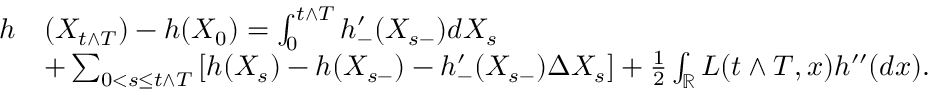
\begin{array} { r l } { h } & { ( X _ { t \wedge T } ) - h ( X _ { 0 } ) = \int _ { 0 } ^ { t \wedge T } h _ { - } ^ { \prime } ( X _ { s - } ) d X _ { s } } \\ & { + \sum _ { 0 < s \leq t \wedge T } \left[ h ( X _ { s } ) - h ( X _ { s - } ) - h _ { - } ^ { \prime } ( X _ { s - } ) \Delta X _ { s } \right] + \frac { 1 } { 2 } \int _ { \mathbb R } L ( t \wedge T , x ) h ^ { \prime \prime } ( d x ) . } \end{array}